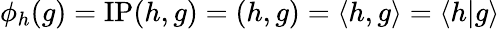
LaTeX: \phi_{h}(g)={\mathrm{IP}}(h,g)=(h,g)=\langle h,g\rangle=\langle h|g\rangle